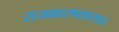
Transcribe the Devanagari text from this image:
राजकारणशास्त्रात